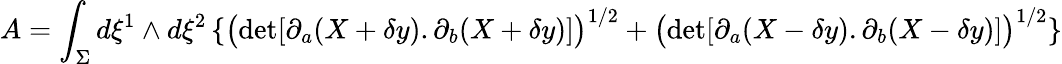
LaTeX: A=\int_{\Sigma}d\xi^{1}\wedge d\xi^{2}\left\{ \big(\mathrm{det}[\partial_{a}(X+\delta y).\partial_{b}(X+\delta y)]\big)^{1/2}+\big(\mathrm{det}[\partial_{a}(X-\delta y).\partial_{b}(X-\delta y)]\big)^{1/2}\right\}